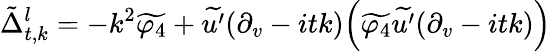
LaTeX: \tilde{\Delta}_{t,k}^{l}=-k^{2}\widetilde{\varphi_{4}}+\widetilde{u^{\prime}}(\partial_{v}-itk)\Big(\widetilde{\varphi_{4}}\widetilde{u^{\prime}}(\partial_{v}-itk)\Big)